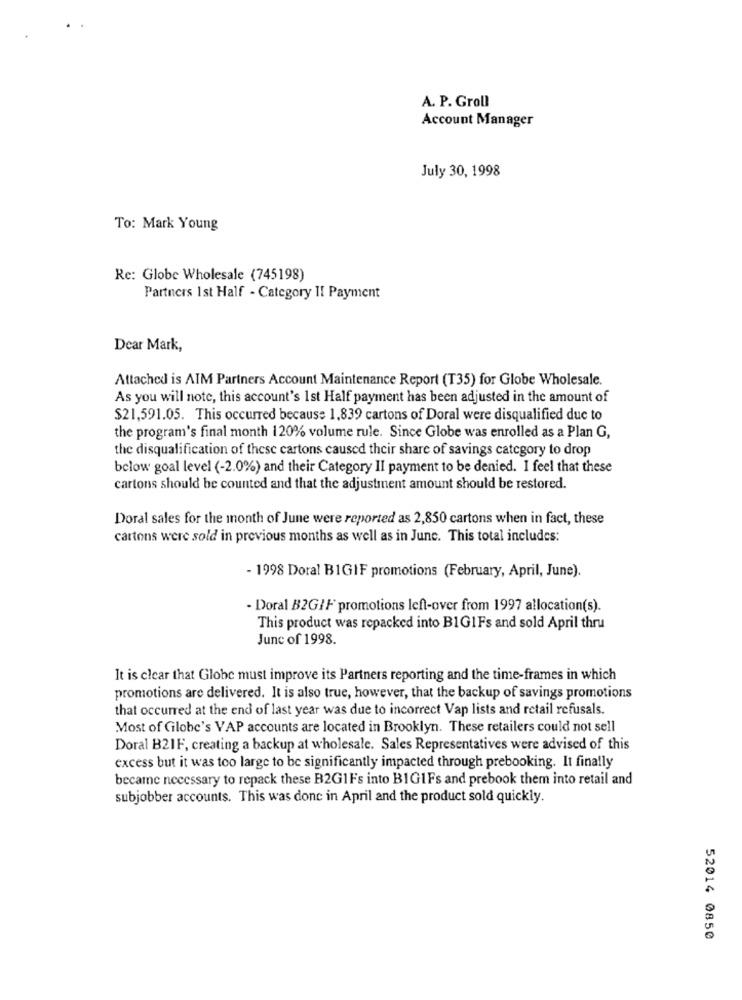
A. P. Groll
Account Manager
July 30, 1998
To: Mark Young
Re: Globe Wholesale (745198)
Partners Ist Half - Category II Payment
Dear Mark,
Attached is AIM Partners Account Maintenance Report (T35) for Globe Wholesale.
As you will note, this account's 1st Half payment has been adjusted in the amount of
$21,591.05. This occurred because 1.839 cartons of Doral were disqualified due to
the program's final month 120% volume rule. Since Globe was enrolled as a Plan G,
the disqualification of these cartons caused their share of savings category to drop
below goal level (-2.0%) and their Category II payment to be denied. I feel that these
cartons should be counted and that the adjustment amount should be restored.
Doral sales for the month of June were reported as 2,850 cartons when in fact, these
cartons were sold in previous months as well as in June. This total includes:
- 1998 Doral B1GIF promotions (February, April, June).
- Doral B2GIF promotions left-over from 1997 allocation(s).
This product was repacked into B1GIFs and sold April thru
Junc of 1998.
It is clear that Globe must improve its Partners reporting and the time-frames in which
promotions are delivered. It is also true, however, that the backup of savings promotions
that occurred at the end of last year was due to incorrect Vap lists and retail refusals.
Most of Globe's VAP accounts are located in Brooklyn. These retailers could not sell
Doral B21F, creating a backup at wholesale. Sales Representatives were advised of this
excess but it was too large to be significantly impacted through prebooking. It finally
became necessary to repack these B2G1Fs into BIG1Fs and prebook them into retail and
subjobber accounts. This was donc in April and the product sold quickly.
52014 0850